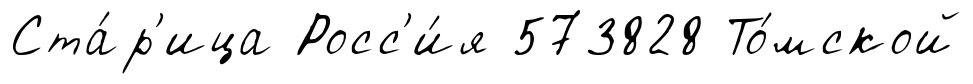
Ста́р'ица Росс'и́я 573828 То́мской